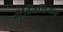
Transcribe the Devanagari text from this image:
मैंग्निशियम